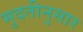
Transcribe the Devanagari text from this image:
मुदतीनुसार